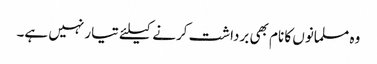
وہ مسلمانوں کا نام بھی برداشت کرنے کیلئے تیار نہیں ہے۔